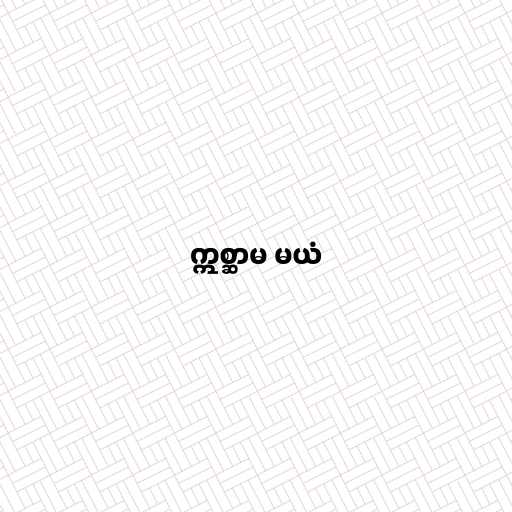
ဣစ္ဆာမ မယံ